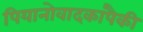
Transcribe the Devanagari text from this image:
पियानोवादकांपैकी